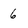
Character: 6